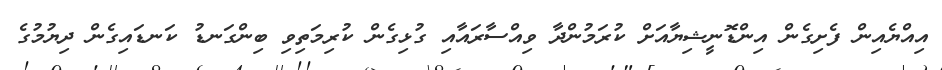
އިއްޔެއިން ފެށިގެން އިންޑޮނީޝިޔާއަށް ކުރަމުންދާ ވިއްސާރައާއި ގުޅިގެން ކުރިމަތިވި ބިންގަނޑު ކަނޑައިގެން ދިޔުމުގެ